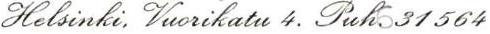
Helsinki, Vuorikatu 4. Puh.631564